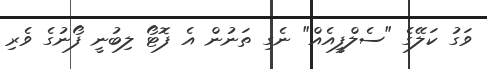
ވަގު ކަލޭގެ "ސެލްފީއެއް" ނެގި ތަނުން އެ ފޮޓޯ ލިބުނީ ފޯނުގެ ވެރި